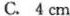
C. 4cm